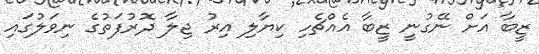
ޒީބާ އަށް ނޭގުނީ ޒީބާ އެއްޗެހި ކިޔާލި އިރު ޖިލާ ދޮރުފަތުގެ ނިވަލުގައި